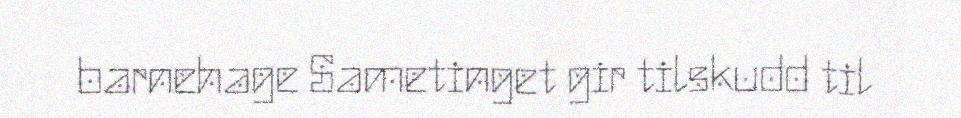
barnehage Sametinget gir tilskudd til